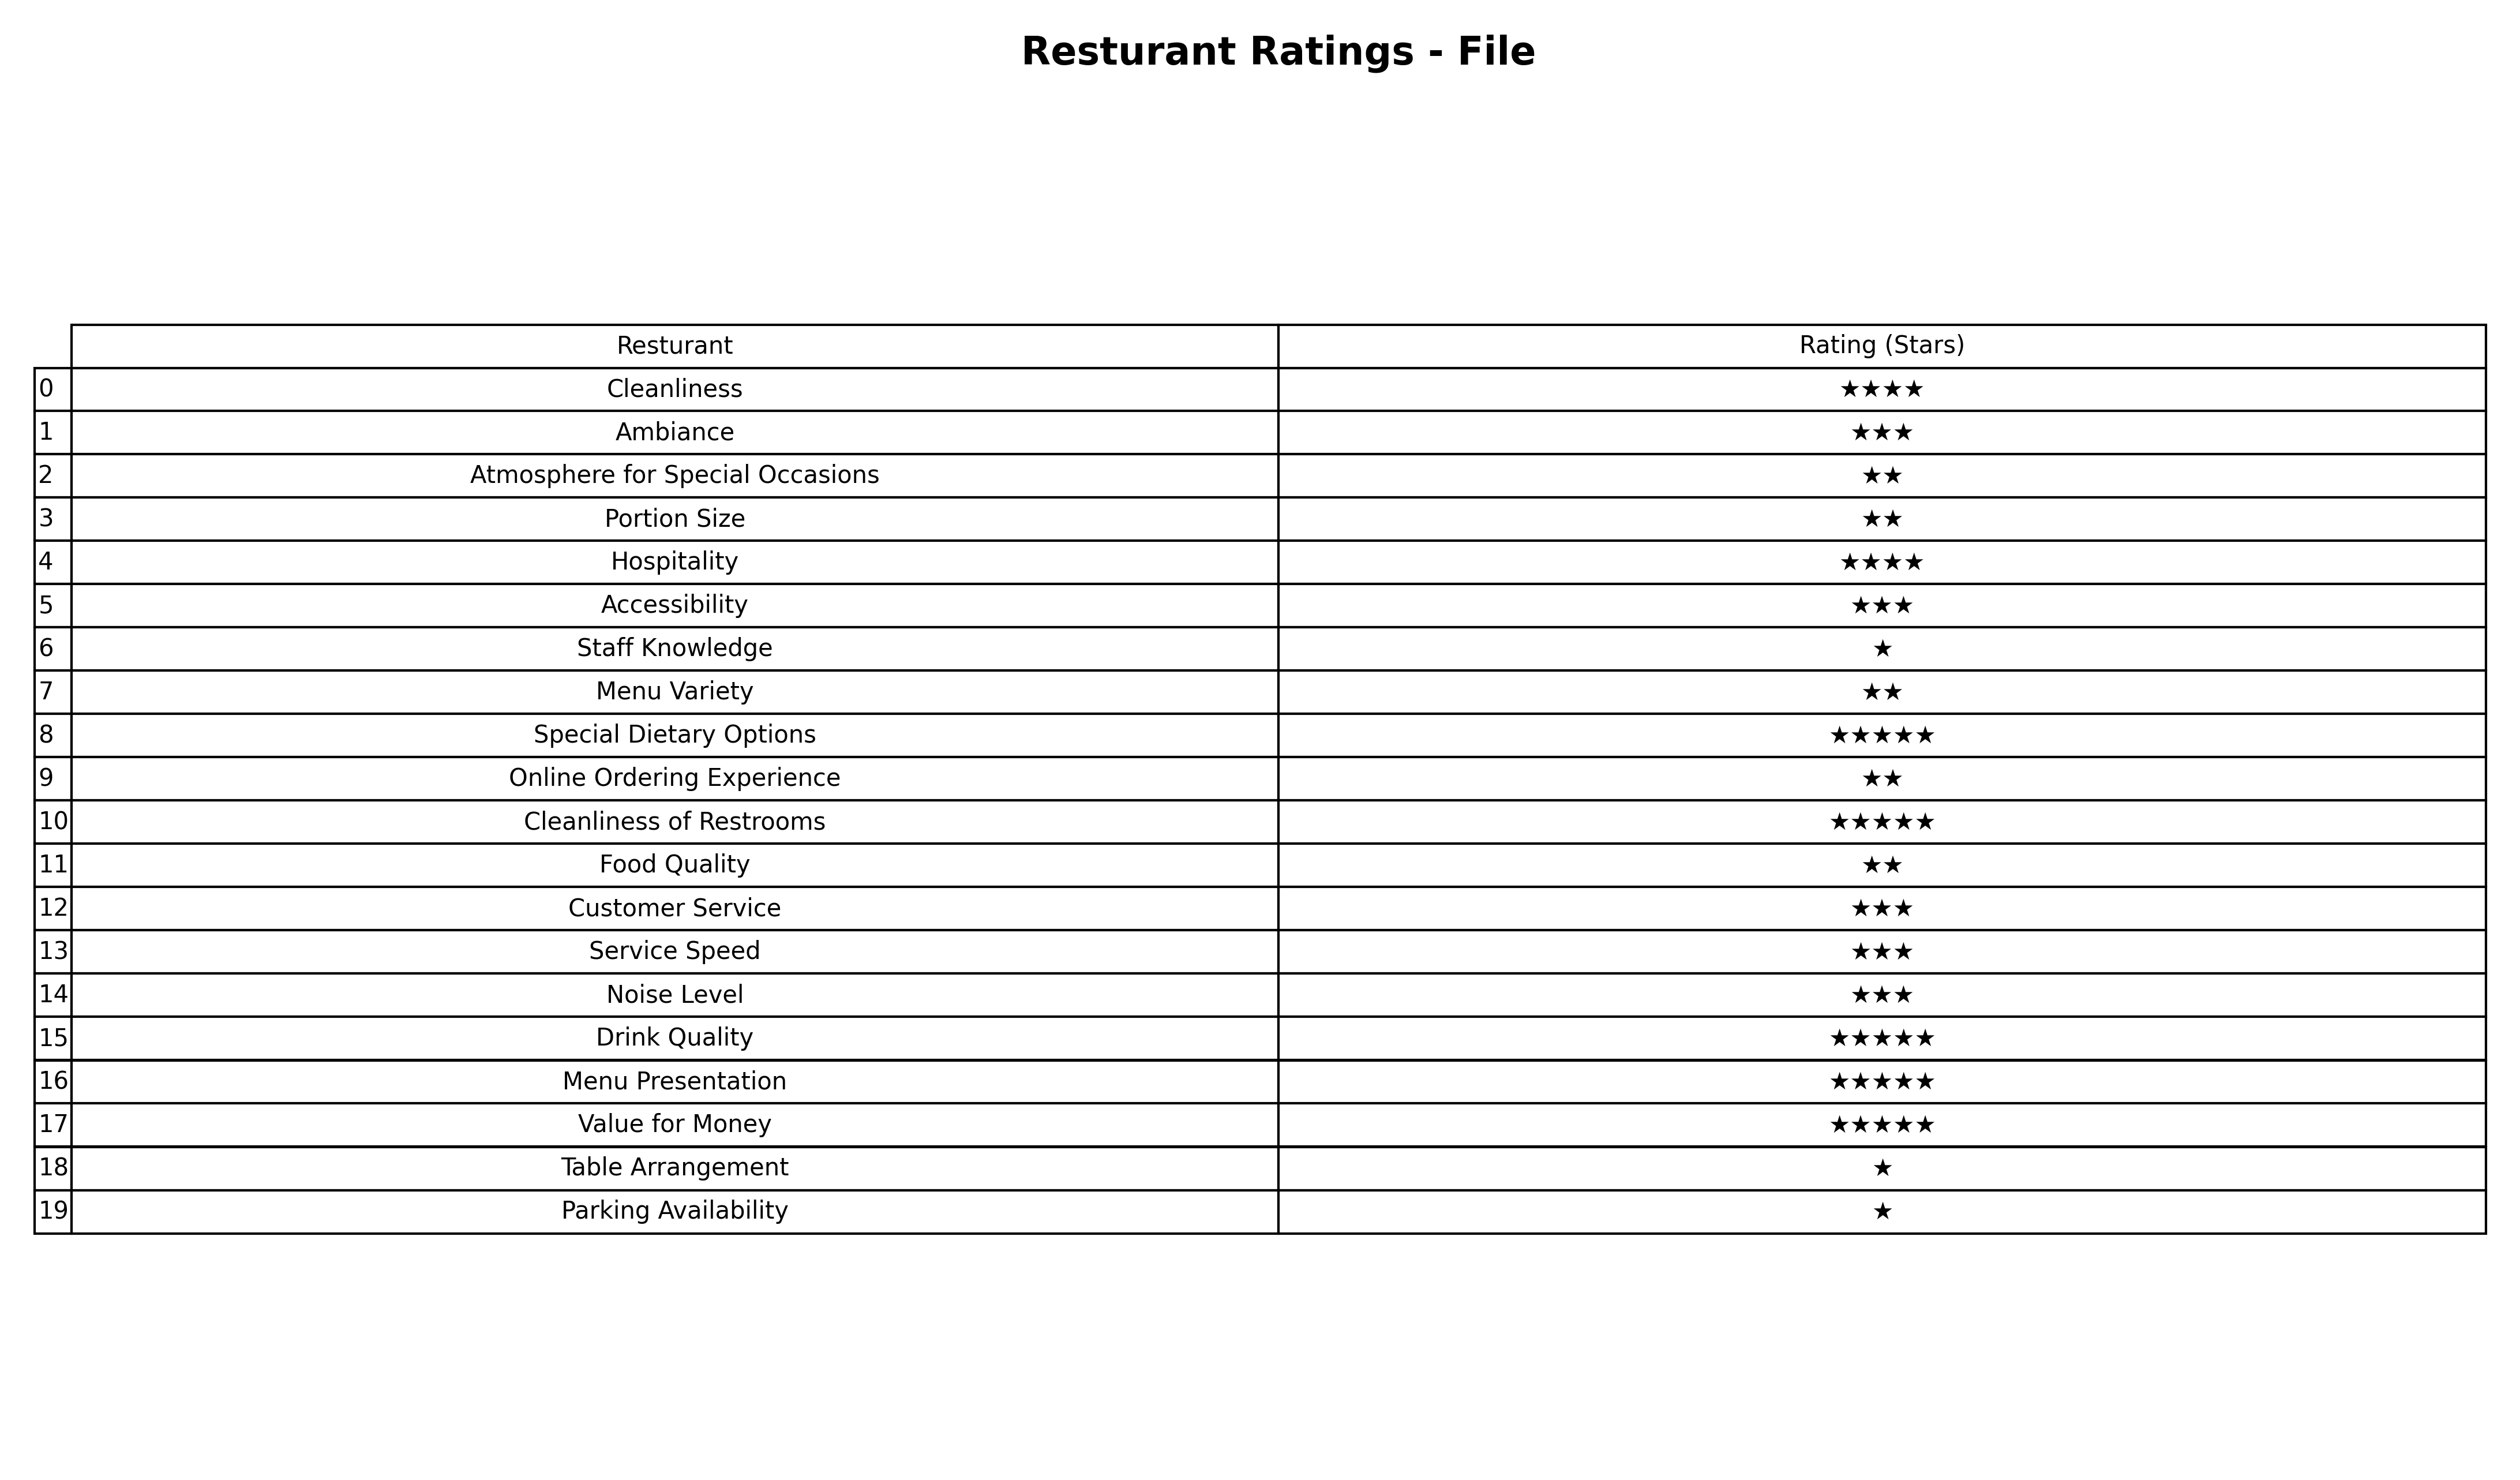
question: What is the rating of Ambiance?
answer: ★★★